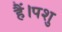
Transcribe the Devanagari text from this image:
हैं।पशु